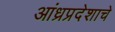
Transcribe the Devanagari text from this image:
आंध्रप्रदेशाचे